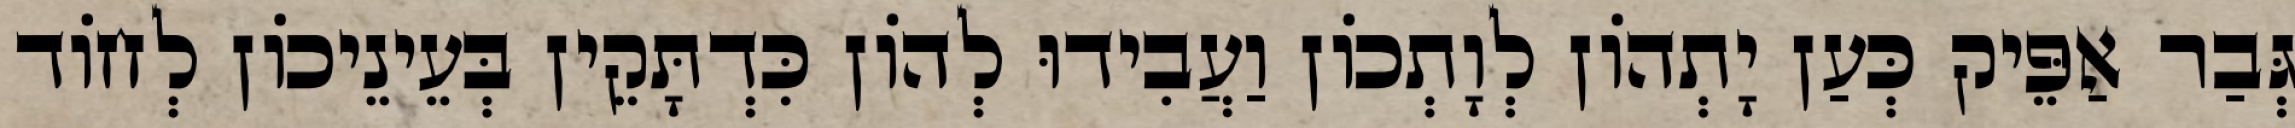
גְּבַר אַפֵּיק כְּעַן יָתְהוֹן לְוָתְכוֹן וַעֲבִידוּ לְהוֹן כִּדְתָּקֵין בְּעֵינֵיכוֹן לְחוֹד